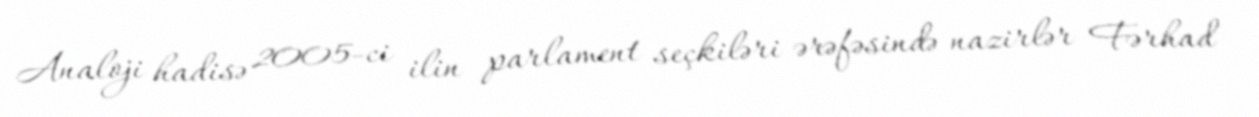
Analoji hadisə 2005-ci ilin parlament seçkiləri ərəfəsində nazirlər Fərhad